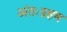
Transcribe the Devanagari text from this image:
अंतःग्रहण